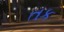
તક